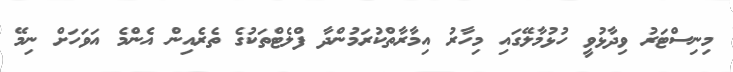
މިނިސްޓަރު ވިދާޅުވީ ހުޅުމާލޭގައި މިހާރު އިމާރާތްކުރަމުންދާ ފްލެޓްތަކުގެ ތެރެއިން އެންމެ އަވަހަށް ނިމޭ